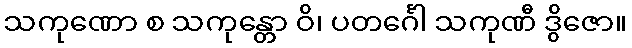
သကုဏော စ သကုန္တော ဝိ၊ ပတင်္ဂေါ သကုဏီ ဒွိဇော။